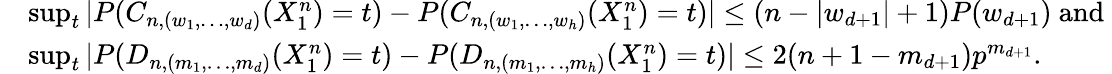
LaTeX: \begin{array}{rl}&{\operatorname*{sup}_{t}|P(C_{n,(w_{1},\ldots,w_{d})}(X_{1}^{n})=t)-P(C_{n,(w_{1},\ldots,w_{h})}(X_{1}^{n})=t)|\leq(n-|w_{d+1}|+1)P(w_{d+1})\mathrm{~and~}}\\ &{\operatorname*{sup}_{t}|P(D_{n,(m_{1},\ldots,m_{d})}(X_{1}^{n})=t)-P(D_{n,(m_{1},\ldots,m_{h})}(X_{1}^{n})=t)|\leq 2(n+1-m_{d+1})p^{m_{d+1}}.}\end{array}